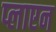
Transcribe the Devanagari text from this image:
प्लाएन